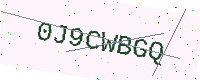
Text: 0J9CWBGQ